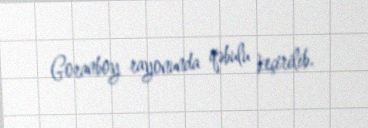
Goranboy rayonunda qəbulu keçirilib.